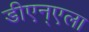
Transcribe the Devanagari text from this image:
डीएन्एला